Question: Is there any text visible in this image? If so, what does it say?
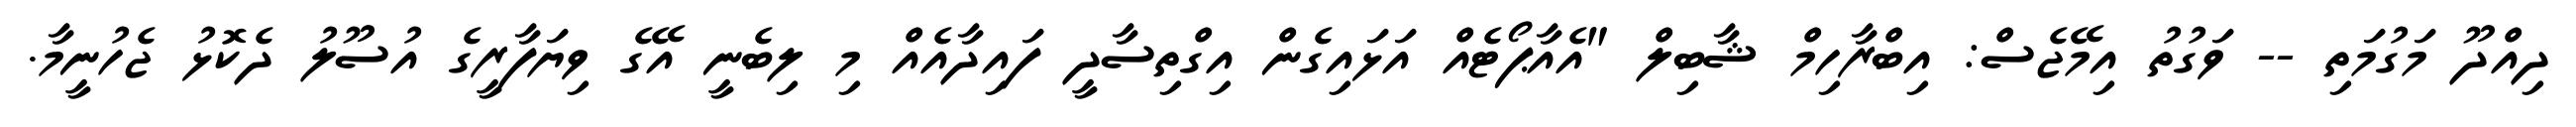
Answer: ދިއްދޫ މަގުމަތި -- ވަގުތު އިމޭޖެސް: އިބްރާހިމް ޝާބިލް "އެއާޕޯޓެއް އަޅައިގެން އިގްތިސާދީ ފައިދާއެއް މި ލިބެނީ އޭގެ ވިޔަފާރީގެ އުސޫލު ދެކޮޅު ޖެހުނީމާ.